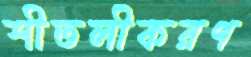
শীতলীকরণ